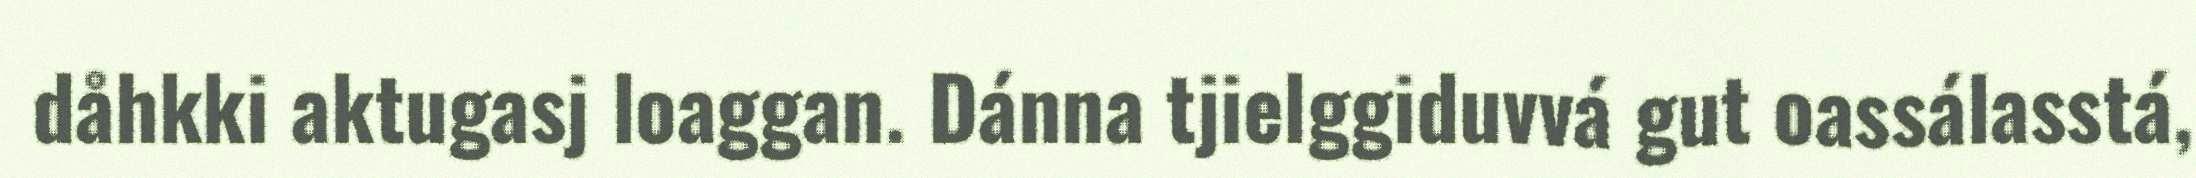
dåhkki aktugasj loaggan. Dánna tjielggiduvvá gut oassálasstá,